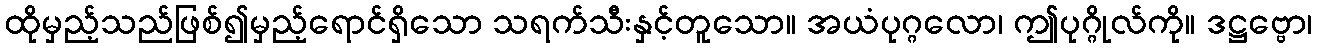
ထိုမှည့်သည်ဖြစ်၍မှည့်ရောင်ရှိသော သရက်သီးနှင့်တူသော။ အယံပုဂ္ဂလော၊ ဤပုဂ္ဂိုလ်ကို။ ဒဋ္ဌဗ္ဗော၊